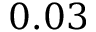
0 . 0 3